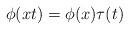
LaTeX: \begin{align*}\phi(xt) = \phi(x)\tau(t)\end{align*}